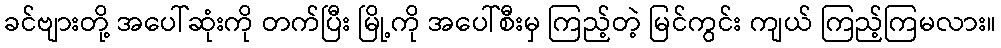
ခင်ဗျားတို့ အပေါ်ဆုံးကို တက်ပြီး မြို့ကို အပေါ်စီးမှ ကြည့်တဲ့ မြင်ကွင်း ကျယ် ကြည့်ကြမလား။